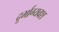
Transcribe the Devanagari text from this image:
दूर्भाग्यवश